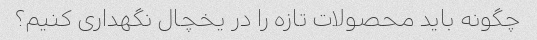
چگونه باید محصولات تازه را در یخچال نگهداری کنیم؟